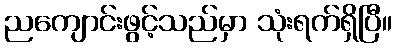
ညကျောင်းဖွင့်သည်မှာ သုံးရက်ရှိပြီ။